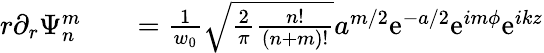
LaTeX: \begin{array}{rlr}{r\partial_{r}\Psi_{n}^{m}}&{{}}&{=\frac{1}{w_{0}}\sqrt{\frac{2}{\pi}\frac{n!}{(n+m)!}}a^{m/2}\mathrm{e}^{-a/2}\mathrm{e}^{im\phi}\mathrm{e}^{ikz}}\end{array}